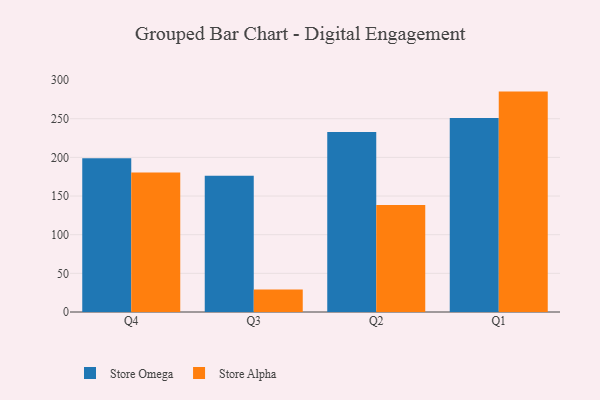
{"axis": {"x": "Quarter", "y": "Temperature (°C)"}, "legend": ["Store Alpha", "Store Omega"], "data": [{"x": "Q4", "y": 198.8, "type": "Store Omega"}, {"x": "Q4", "y": 180.3, "type": "Store Alpha"}, {"x": "Q3", "y": 176.3, "type": "Store Omega"}, {"x": "Q3", "y": 29.0, "type": "Store Alpha"}, {"x": "Q2", "y": 232.8, "type": "Store Omega"}, {"x": "Q2", "y": 138.3, "type": "Store Alpha"}, {"x": "Q1", "y": 250.8, "type": "Store Omega"}, {"x": "Q1", "y": 285.1, "type": "Store Alpha"}]}